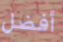
أفضل